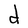
Character: d